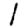
Digit: 1